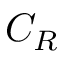
C _ { R }